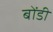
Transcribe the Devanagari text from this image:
बोंडी